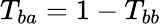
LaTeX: T_{ba}=1-T_{bb}